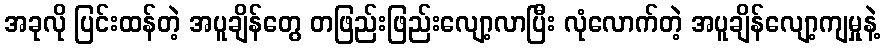
အခုလို ပြင်းထန်တဲ့ အပူချိန်တွေ တဖြည်းဖြည်းလျော့လာပြီး လုံလောက်တဲ့ အပူချိန်လျော့ကျမှုနဲ့